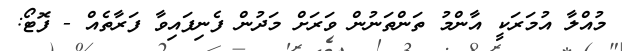
މުއްލާ އުމަރަކީ އާންމު ތަންތަނުން ވަރަށް މަދުން ފެނިފައިވާ ފަރާތެއް - ފޮޓޯ: